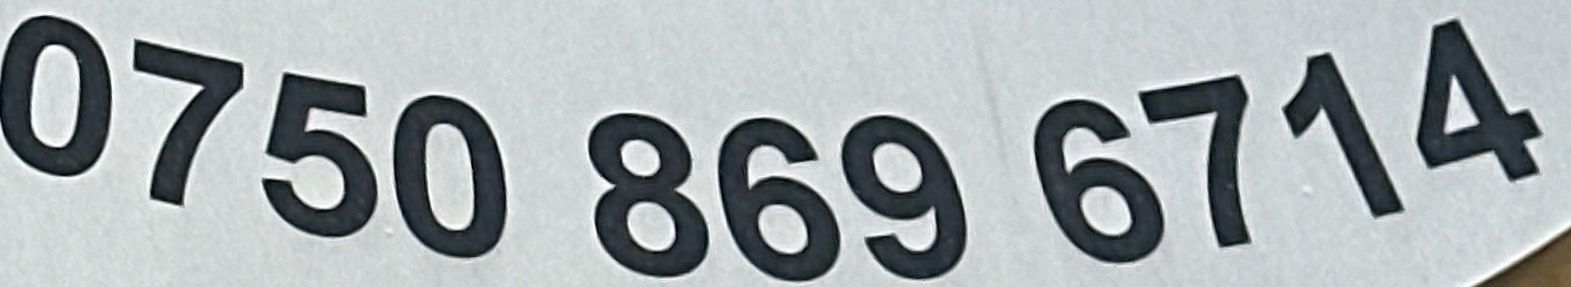
0750 869 6714